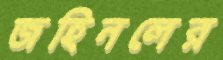
জহিনলের